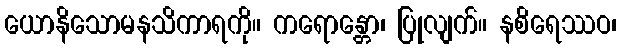
ယောနိသောမနသိကာရကို။ ကရောန္တော၊ ပြုလျက်။ နစိရေဿဝ၊